Civil Veterinary Dept. North-West Frontier Province 1901-22 - 1901-1922
Year: 1901
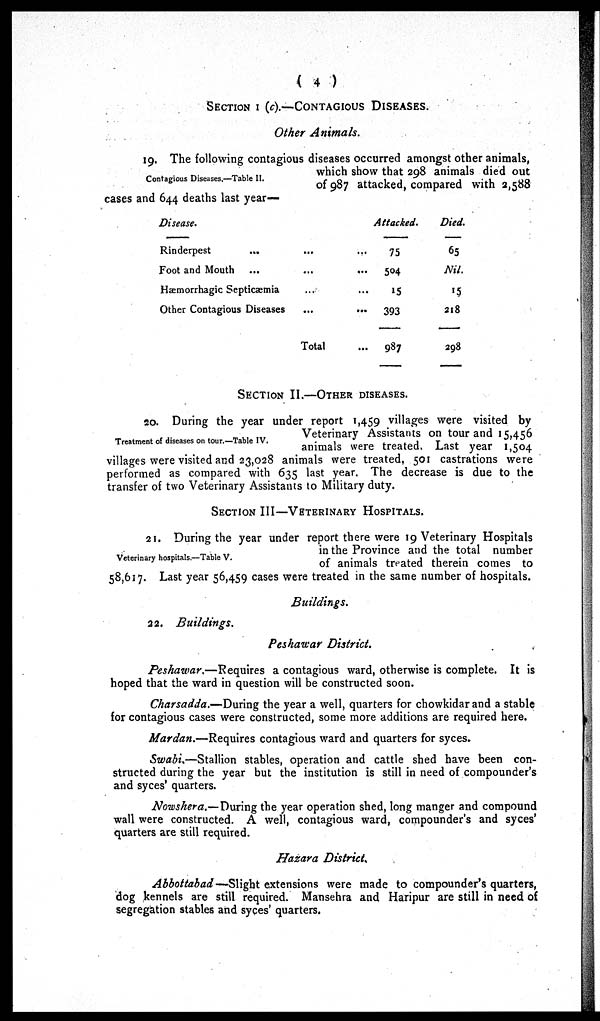
(4)
SECTION I (C).—CONTAGIOUS DISEASES.
Other Animals.
Contagious Diseases.—Table II.
19. The following contagious diseases occurred amongst other animals,
which show that 298 animals died out
of 987 attacked, compared with 2,588
cases and 644 deaths last year—
Disease.
Rinderpest
Foot and Mouth
Hæmorrhagic Septicæmia
Other Contagious Diseases
...
...
...
...
Total
...
...
...
...
...
Attacked.
75
504
15
393
987
Died.
65
Nil.
15
218
298
SECTION II.—OTHER DISEASES.
Treatment of diseases on tour.—Table IV.
20. During the year under report 1,459 villages were visited by
Veterinary Assistants on tour and 15,456
animals were treated. Last year 1,504
villages were visited and 23,028 animals were treated, 501 castrations were
performed as compared with 635 last year. The decrease is due to the
transfer of two Veterinary Assistants to Military duty.
SECTION III—VETERINARY HOSPITALS.
Veterinary hospitals.—Table V.
21. During the year under report there were 19 Veterinary Hospitals
in the Province and the total number
of animals treated therein comes to
58,617. Last year 56,459 cases were treated in the same number of hospitals.
Buildings.
22.
Buildings.
Peshawar District.
Peshawar.—Requires a contagious ward, otherwise is complete. It is
hoped that the ward in question will be constructed soon.
Charsadda.—During the year a well, quarters for chowkidar and a stable
for contagious cases were constructed, some more additions are required here.
Mardan.—Requires contagious ward and quarters for syces.
Swabi,—Stallion stables, operation and cattle shed have been con-
structed during the year but the institution is still in need of compounder's
and syces' quarters.
Nowshera.— During the year operation shed, long manger and compound
wall were constructed. A well, contagious ward, compounder's and syces'
quarters are still required.
Hazara District.
Abbottabad—Slight extensions were made to compounder's quarters,
dog kennels are still required. Mansehra and Haripur are still in need of
segregation stables and syces' quarters.